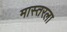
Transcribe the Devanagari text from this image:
मास्तरला